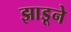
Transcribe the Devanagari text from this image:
झाडूने